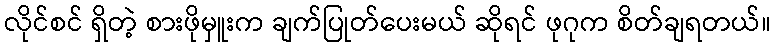
လိုင်စင် ရှိတဲ့ စားဖိုမှူးက ချက်ပြုတ်ပေးမယ် ဆိုရင် ဖုဂုက စိတ်ချရတယ်။